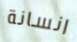
انسانة